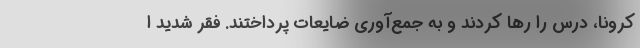
کرونا، درس را رها کردند و به جمع‌آوری ضایعات پرداختند. فقر شدید ا